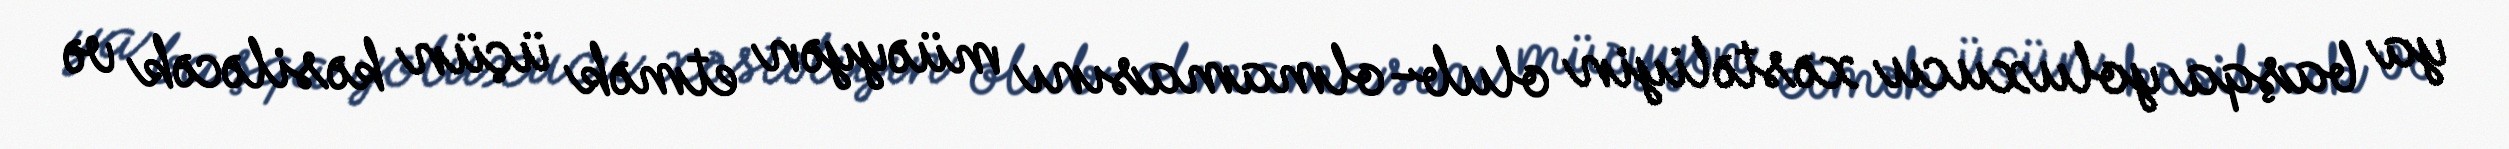
ya başqa yoluxucu xəstəliyin olub-olmamasını müəyyən etmək üçün kəsiləcək və